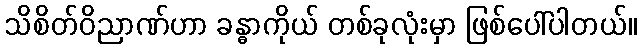
သိစိတ်ဝိညာဏ်ဟာ ခန္ဓာကိုယ် တစ်ခုလုံးမှာ ဖြစ်ပေါ်ပါတယ်။